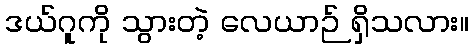
ဒယ်ဂူကို သွားတဲ့ လေယာဉ် ရှိသလား။